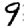
Digit: 9